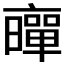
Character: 𠆛